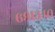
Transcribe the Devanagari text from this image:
६९१३४०